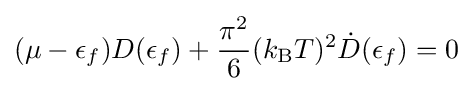
(\mu -\epsilon _{f})D(\epsilon _{f})+{\frac {\pi ^{2}}{6}}(k_{\rm {B}}T)^{2}{\dot {D}}(\epsilon _{f})=0